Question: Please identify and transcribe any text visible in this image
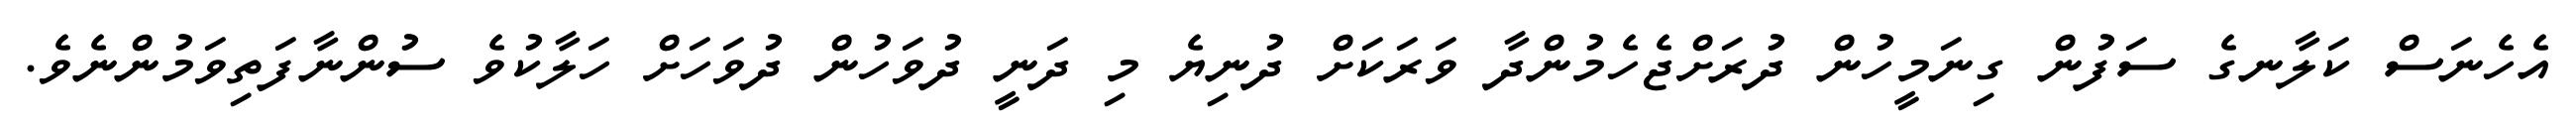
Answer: އެހެނަސް ކަލާނގެ ސަފުން ގިނަމީހުން ދުރަށްޖެހެމުންދާ ވަރަކަށް ދުނިޔެ މި ދަނީ ދުވަހުން ދުވަހަށް ހަލާކުވެ ސުންނާފަތިވަމުންނެވެ.